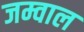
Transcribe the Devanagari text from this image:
जम्वाल